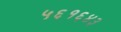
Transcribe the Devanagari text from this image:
५६१६४३